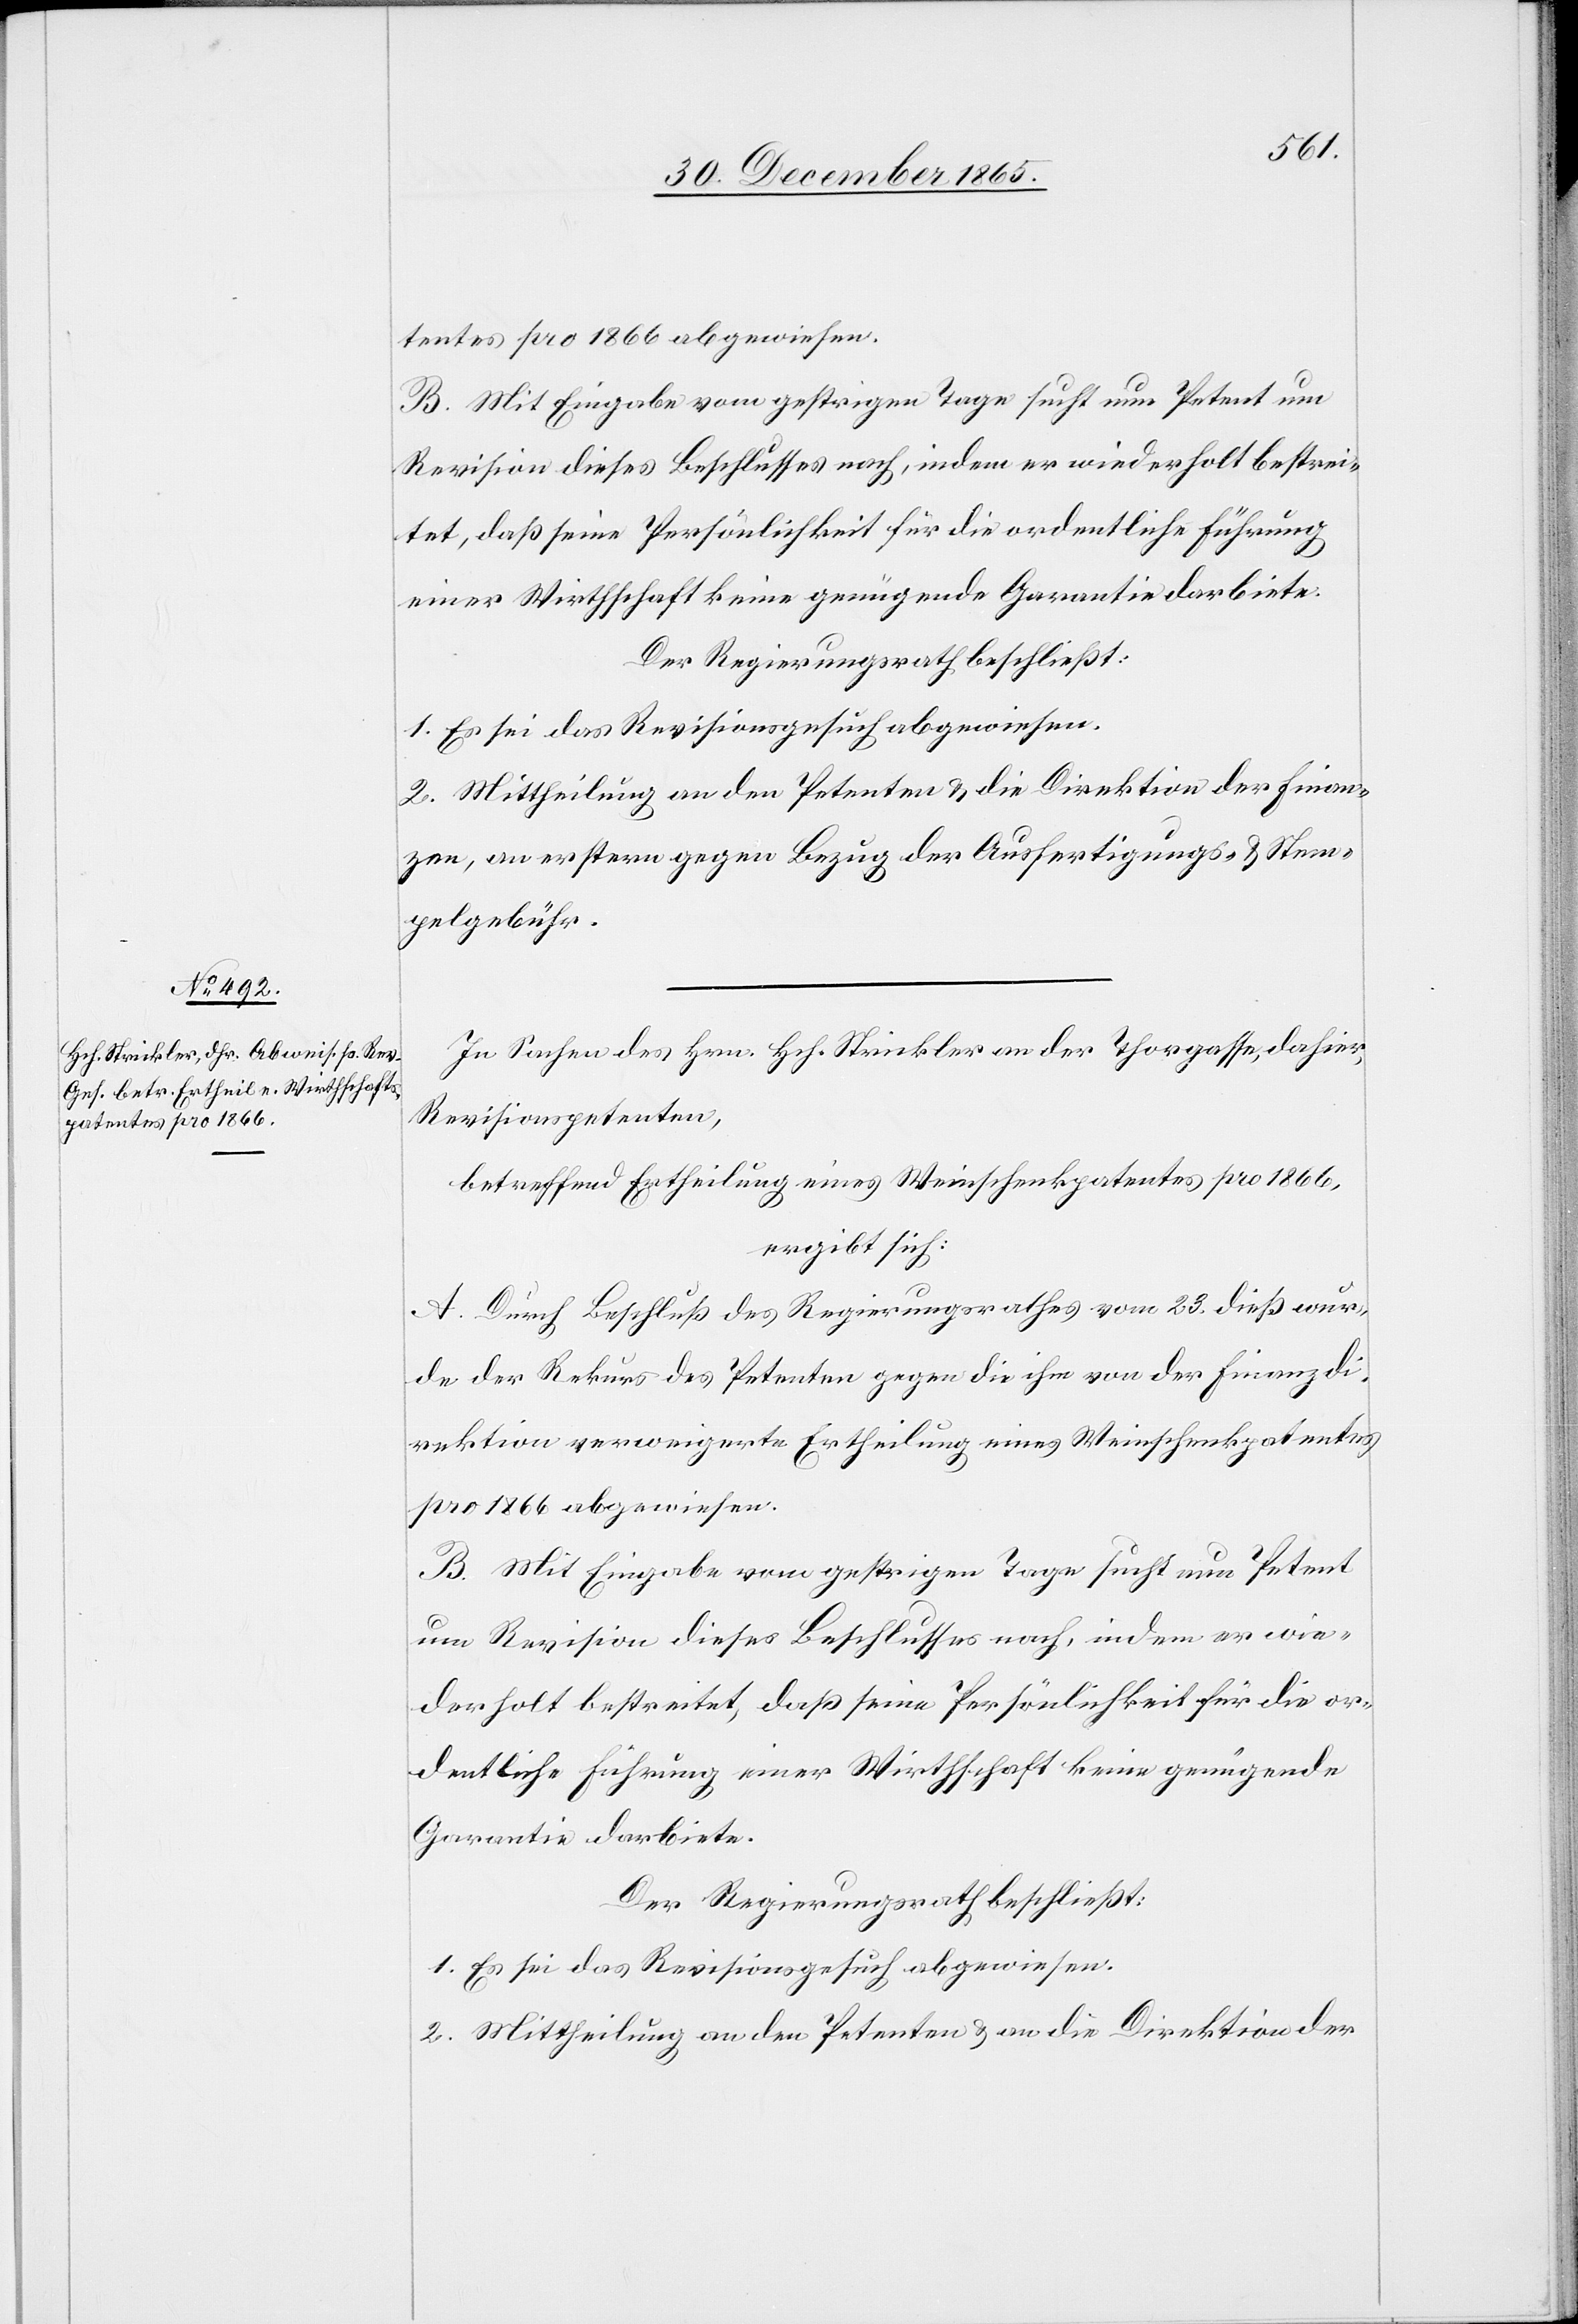
tentes pro 1866 abgewiesen.
B. Mit Eingabe vom gestrigen Tage sucht nun Petent um
Revision dieses Beschlusses nach, indem er wiederholt bestrei¬
tet, daß seine Persönlichkeit für die ordentliche Führung
einer Wirthschaft keine genügende Garantie darbiete.
Der Regierungsrath beschließt:
1. Es sei das Revisionsgesuch abgewiesen.
2. Mittheilung an den Petenten & die Direktion der Finan¬
zen, an erstern gegen Bezug der Ausfertigungs- & Stem¬
pelgebühren.
In Sachen des Hrn. Hch. Strickler an der Thorgasse, dahier,
Revisionspetenten,
betreffend Ertheilung eines Weinschenkpatentes pro 1866,
ergibt sich:
A. Durch Beschluß des Regierungsrathes vom 23. dieß wur¬
de der Rekurs des Petenten gegen die ihm von der Finanzdi¬
rektion verweigerte Ertheilung eines Weinschenkpatentes
pro 1866 abgewiesen.
1. Sei das Revisionsgesuch abgewiesen.
2. Mittheilung an den Petenten & an die Direktion der